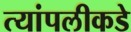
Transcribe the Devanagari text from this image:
त्यांपलीकडे